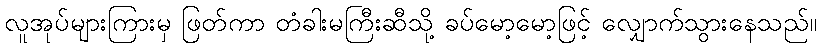
လူအုပ်များကြားမှ ဖြတ်ကာ တံခါးမကြီးဆီသို့ ခပ်မော့မော့ဖြင့် လျှောက်သွားနေသည်။